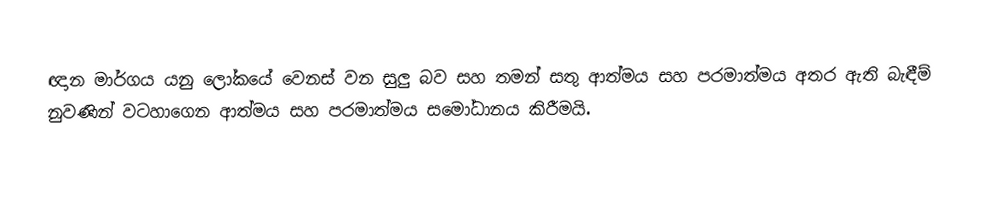
ඥාන මාර්ගය යනු ලෝකයේ වෙනස් වන සුලු බව සහ තමන් සතු ආත්මය සහ පරමාත්මය අතර ඇති බැඳීම් නුවණින් වටහාගෙන ආත්මය සහ පරමාත්මය සමෝධානය කිරීමයි.